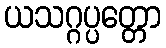
ယသဂ္ဂပ္ပတ္တော